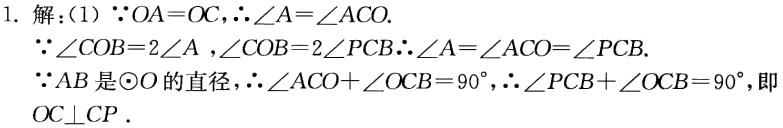
1. 解：(1)  \(\because OA = OC\)，\(\therefore\angle A=\angle ACO\).

\(\because\angle COB = 2\angle A\)，\(\angle COB = 2\angle PCB\)\(\therefore\angle A=\angle ACO=\angle PCB\).

\(\because AB\)是\(\odot O\)的直径，\(\therefore\angle ACO+\angle OCB = 90^{\circ}\)，\(\therefore\angle PCB+\angle OCB = 90^{\circ}\)，即\(OC\perp CP\).